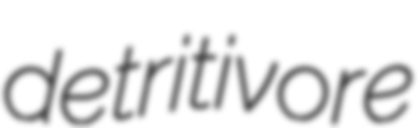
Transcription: detritivore